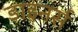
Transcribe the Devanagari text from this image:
डाइनर्स